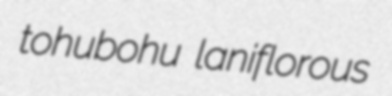
tohubohu laniflorous